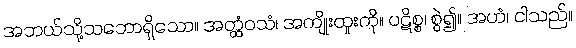
အဘယ်သို့သဘောရှိသော။ အတ္ထံဝသံ၊ အကျိုးထူးကို။ ပဋိစ္စ၊ စွဲ၍။ အဟံ၊ ငါသည်။